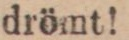
drömt!